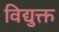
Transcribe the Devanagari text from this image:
विद्युक्त